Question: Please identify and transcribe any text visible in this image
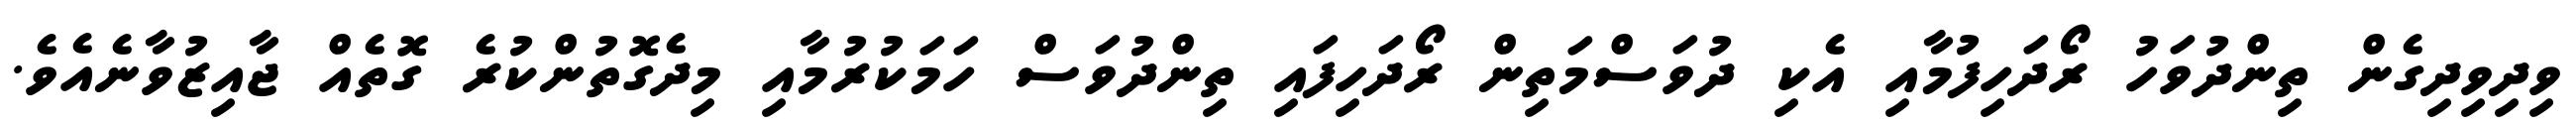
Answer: ވިދިވިދިގެން ތިންދުވަހު ރޯދަހިފުމާއި އެކި ދުވަސްމަތިން ރޯދަހިފައި ތިންދުވަސް ހަމަކުރުމާއި މިދެގޮތުންކުރެ ގޮތެއް ޖާއިޒުވާނެއެވެ.